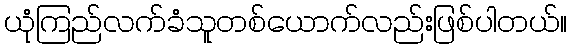
ယုံကြည်လက်ခံသူတစ်ယောက်လည်းဖြစ်ပါတယ်။